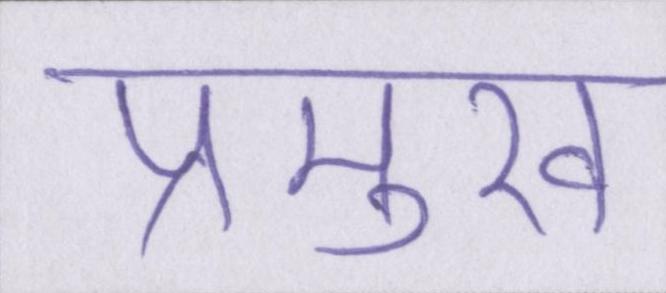
प्रमुख